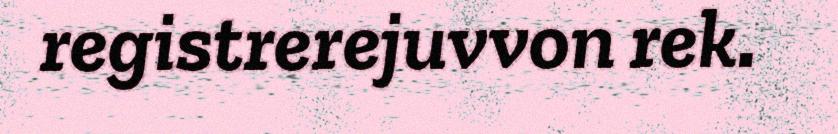
registrerejuvvon rek.